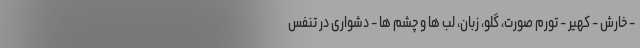
- خارش - کهیر - تورم صورت، گلو، زبان، لب ها و چشم ها - دشواری در تنفس